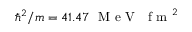
\hbar ^ { 2 } / m = 4 1 . 4 7 ~ \mathrm { ~ M ~ e ~ V ~ } \, \, \mathrm { ~ f ~ m ~ } ^ { 2 }